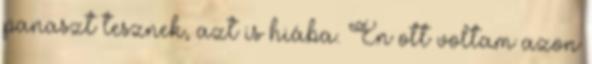
panaszt tesznek, azt is hiába. En ott voltam azon